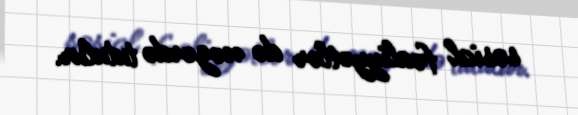
sosial fəaliyyətlər də nəzərdə tutulur.